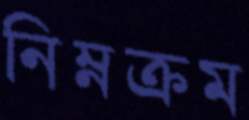
নিম্নক্রম